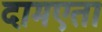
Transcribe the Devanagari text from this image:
दामएता